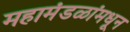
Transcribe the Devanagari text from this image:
महामंडळांमधून